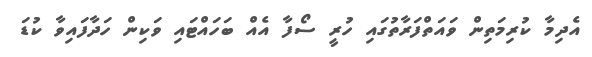
އެދިމާ ކުރިމަތިން ވައަތްފަރާތުގައި ހުރީ ސޯފާ އެއް ބަހައްޓައި ވަކިން ހަދާފައިވާ ކުޑަ